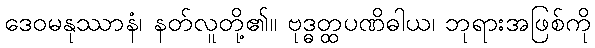
ဒေဝမနုဿာနံ၊ နတ်လူတို့၏။ ဗုဒ္ဓတ္ထပဏိဓါယ၊ ဘုရားအဖြစ်ကို